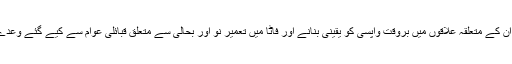
اس موقع پر آرمی چیف نے ٹی ڈی پیز کی ان کے متعلقہ علاقوں میں بروقت واپسی کو یقینی بنانے اور فاٹا میں تعمیر نو اور بحالی سے متعلق قبائلی عوام سے کیے گئے وعدے پورے کرنے کے عزم کا بھی اظہار کیا۔